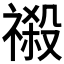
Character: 𮂎